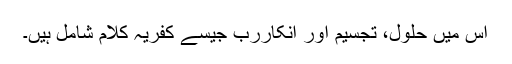
اس میں حلول، تجسیم اور انکارِرب جیسے کفریہ کلام شامل ہیں۔